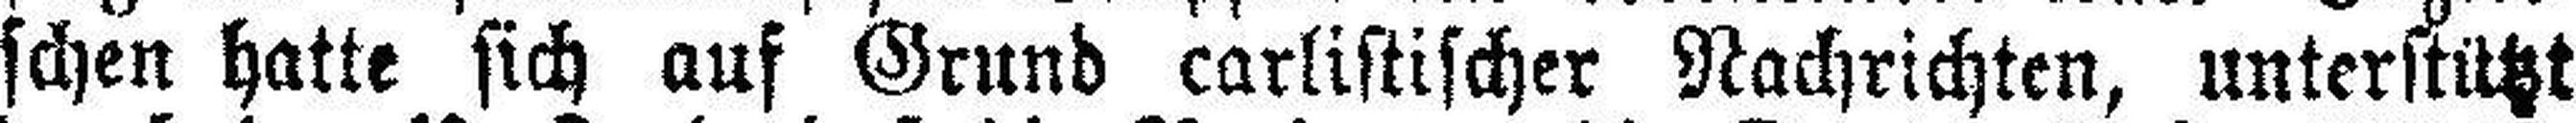
schen hatte sich auf Grund carlistischer Nachrichten, unterstützt